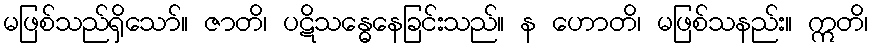
မဖြစ်သည်ရှိသော်။ ဇာတိ၊ ပဋိသန္ဓေနေခြင်းသည်။ န ဟောတိ၊ မဖြစ်သနည်း။ ဣတိ၊